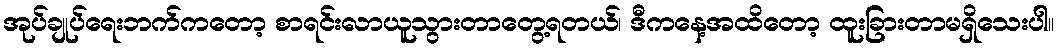
အုပ်ချုပ်ရေးဘက်ကတော့ စာရင်းလာယူသွားတာတွေ့ရတယ်၊ ဒီကနေ့အထိတော့ ထူးခြားတာမရှိသေးပါ။